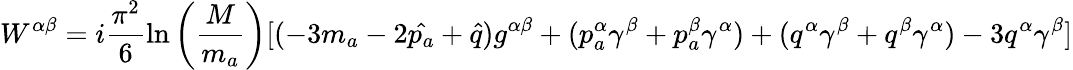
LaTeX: W^{\alpha\beta}=i\frac{\pi^{2}}{6}\ln\left(\frac{M}{m_{a}}\right)[(-3m_{a}-2\hat{p_{a}}+\hat{q})g^{\alpha\beta}+(p_{a}^{\alpha}\gamma^{\beta}+p_{a}^{\beta}\gamma^{\alpha})+(q^{\alpha}\gamma^{\beta}+q^{\beta}\gamma^{\alpha})-3q^{\alpha}\gamma^{\beta}]